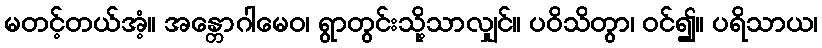
မတင့်တယ်အံ့။ အန္တောဂါမေဝ၊ ရွာတွင်းသို့သာလျှင်။ ပဝိသိတွာ၊ ဝင်၍။ ပရိသာယ၊